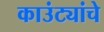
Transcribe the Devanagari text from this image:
काउंट्यांचे